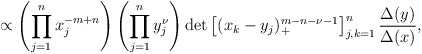
\begin{align*} \propto\left(\prod_{j=1}^n x_j^{-m+n} \right) \left( \prod_{j=1}^n y_j^{\nu} \right) \det \left[(x_k-y_j)_+^{m-n-\nu-1} \right]_{j,k=1}^n \frac{\Delta(y)}{\Delta(x)},\end{align*}